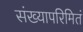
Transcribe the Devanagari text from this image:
संख्यापरिमितं